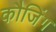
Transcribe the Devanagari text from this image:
कौजिंग